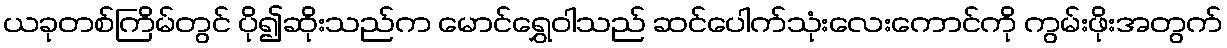
ယခုတစ်ကြိမ်တွင် ပို၍ဆိုးသည်က မောင်ရွှေဝါသည် ဆင်ပေါက်သုံးလေးကောင်ကို ကွမ်းဖိုးအတွက်